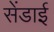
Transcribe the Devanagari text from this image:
सेंडाई